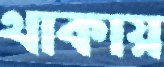
থাকায়